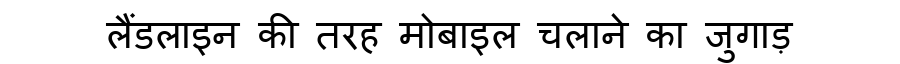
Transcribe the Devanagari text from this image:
लैंडलाइन की तरह मोबाइल चलाने का जुगाड़